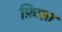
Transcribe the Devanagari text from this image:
फ़िफ़्त